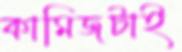
কামিজটাই